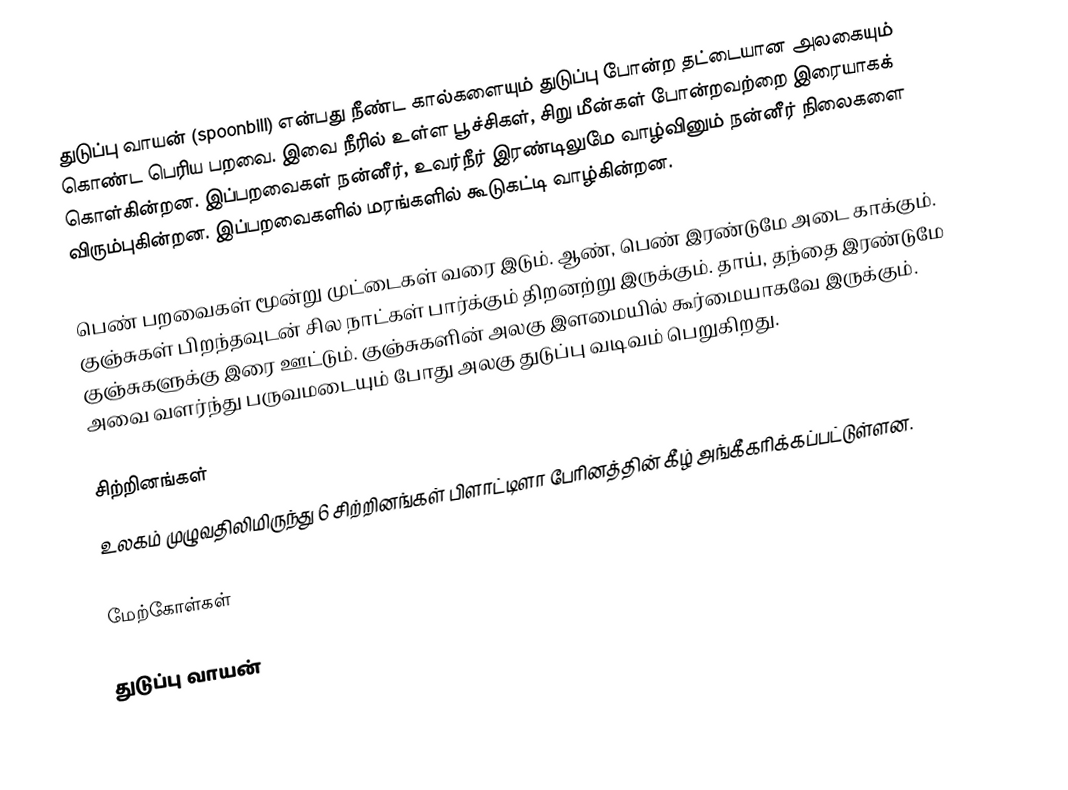
துடுப்பு வாயன் (spoonbill)  என்பது நீண்ட கால்களையும் துடுப்பு போன்ற தட்டையான அலகையும் கொண்ட பெரிய பறவை. இவை நீரில் உள்ள பூச்சிகள், சிறு மீன்கள் போன்றவற்றை இரையாகக் கொள்கின்றன. இப்பறவைகள் நன்னீர், உவர்நீர் இரண்டிலுமே வாழ்வினும் நன்னீர் நிலைகளை விரும்புகின்றன. இப்பறவைகளில் மரங்களில் கூடுகட்டி வாழ்கின்றன.

பெண் பறவைகள் மூன்று முட்டைகள் வரை இடும். ஆண், பெண் இரண்டுமே அடை காக்கும். குஞ்சுகள் பிறந்தவுடன் சில நாட்கள் பார்க்கும் திறனற்று இருக்கும். தாய், தந்தை இரண்டுமே குஞ்சுகளுக்கு இரை ஊட்டும். குஞ்சுகளின் அலகு இளமையில் கூர்மையாகவே இருக்கும். அவை வளர்ந்து பருவமடையும் போது அலகு துடுப்பு வடிவம் பெறுகிறது.

சிற்றினங்கள்
உலகம் முழுவதிலிமிருந்து 6 சிற்றினங்கள் பிளாட்டிளா பேரினத்தின் கீழ் அங்கீகரிக்கப்பட்டுள்ளன.

மேற்கோள்கள்

துடுப்பு வாயன்